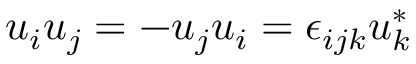
u _ { i } u _ { j } = - u _ { j } u _ { i } = \epsilon _ { i j k } u _ { k } ^ { * }